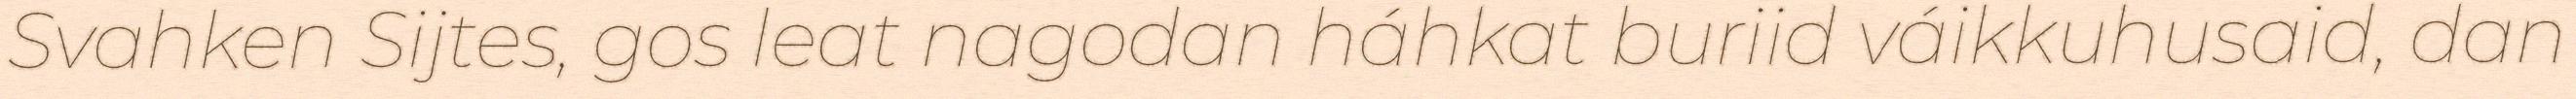
Svahken Sijtes, gos leat nagodan háhkat buriid váikkuhusaid, dan